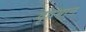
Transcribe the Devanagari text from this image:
वृषभान